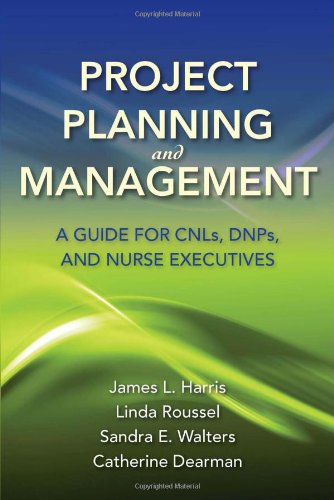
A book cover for Project Planning And Management: A Guide For Cnls, Dnps And Nurse Executives; James L. Harris; Medical Books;